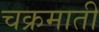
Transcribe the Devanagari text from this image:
चक्रमाती